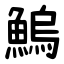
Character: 鰞